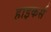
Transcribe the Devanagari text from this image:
हाइकर्स